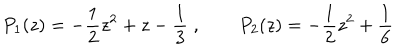
P _ { 1 } ( z ) = - \frac { 1 } { 2 } z ^ { 2 } + z - \frac { 1 } { 3 } \; , \qquad P _ { 2 } ( z ) = - \frac { 1 } { 2 } z ^ { 2 } + \frac { 1 } { 6 }